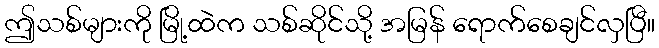
ဤသစ်များကို မြို့ထဲက သစ်ဆိုင်သို့ အမြန် ရောက်စေချင်လှပြီ။